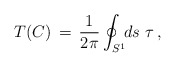
\begin{align*}T(C) \,=\, \frac{1}{2\pi}\oint_{S^1} \!\!ds\,\,\tau\,,\end{align*}